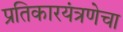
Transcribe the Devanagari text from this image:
प्रतिकारयंत्रणेचा